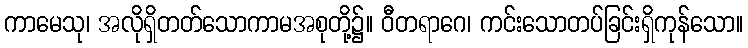
ကာမေသု၊ အလိုရှိတတ်သောကာမအစုတို့၌။ ဝီတရာဂေ၊ ကင်းသောတပ်ခြင်းရှိကုန်သော။